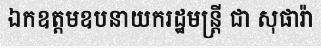
ឯកឧត្តមឧបនាយករដ្ឋមន្ត្រី ជា សុផារ៉ា